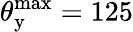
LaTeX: \theta_{\mathrm{y}}^{\mathrm{max}}=125